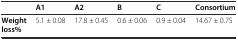
|  | A1 | A2 | B | C | Consortium |
 | --- | --- | --- | --- | --- | --- |
 | Weight loss% | 5.1 ± 0.08 | 17.8 ± 0.45 | 0.6 ± 0.06 | 0.9 ± 0.04 | 14.67 ± 0.75 |